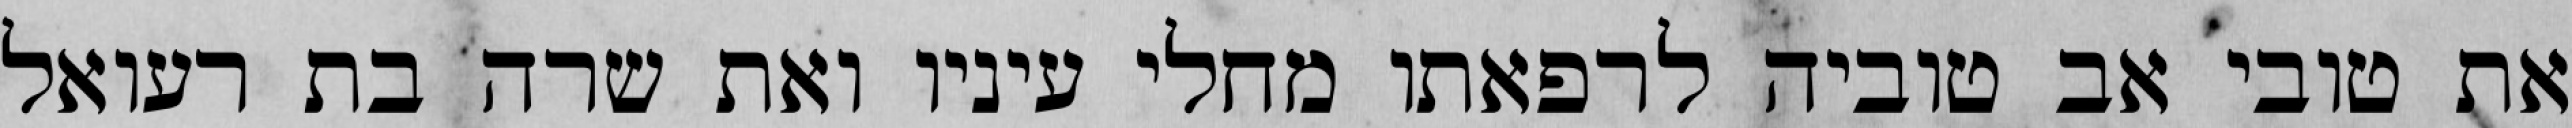
את טובי אב טוביה לרפאתו מחלי עיניו ואת שרה בת רעואל